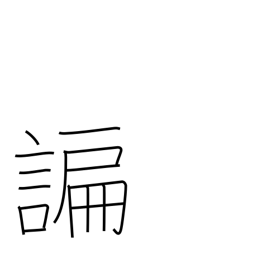
Meaning: flattering